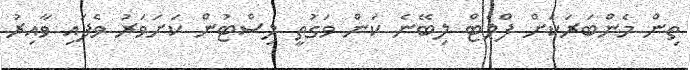
ތިން މެންބަރަކަށް ފްލެޓް ލިބޭނެ ކަން ވަގުތީ ލިސްޓުން ކަށަވަރު ވެފައި ވާއިރު